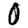
Digit: 0